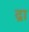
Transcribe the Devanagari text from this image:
द्रा